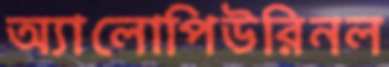
অ্যালোপিউরিনল